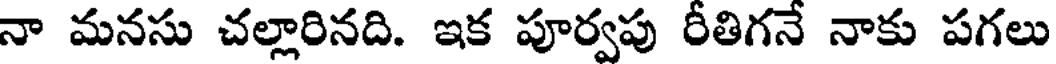
నా మనసు చల్లారినది. ఇక పూర్వపు రీతిగనే నాకు పగలు